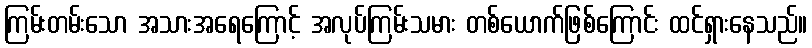
ကြမ်းတမ်းသော အသားအရေကြောင့် အလုပ်ကြမ်းသမား တစ်ယောက်ဖြစ်ကြောင်း ထင်ရှားနေသည်။